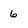
Character: 6